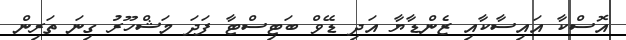
އޮސްކާ އައިސާކާއި ޒެންޑާޔާ އަދި ޑޭވް ބަޓިސްޓާ ފަދަ މަޝްހޫރު ގިނަ ތަރިން